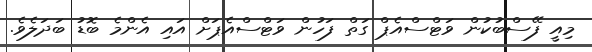
މިއީ ފޭސްބުކުން ވަޓްސްއެޕް ގަތް ފަހުން ވަޓްސްއެޕަށް އައި އެންމެ ބޮޑު ބަދަލެވެ.